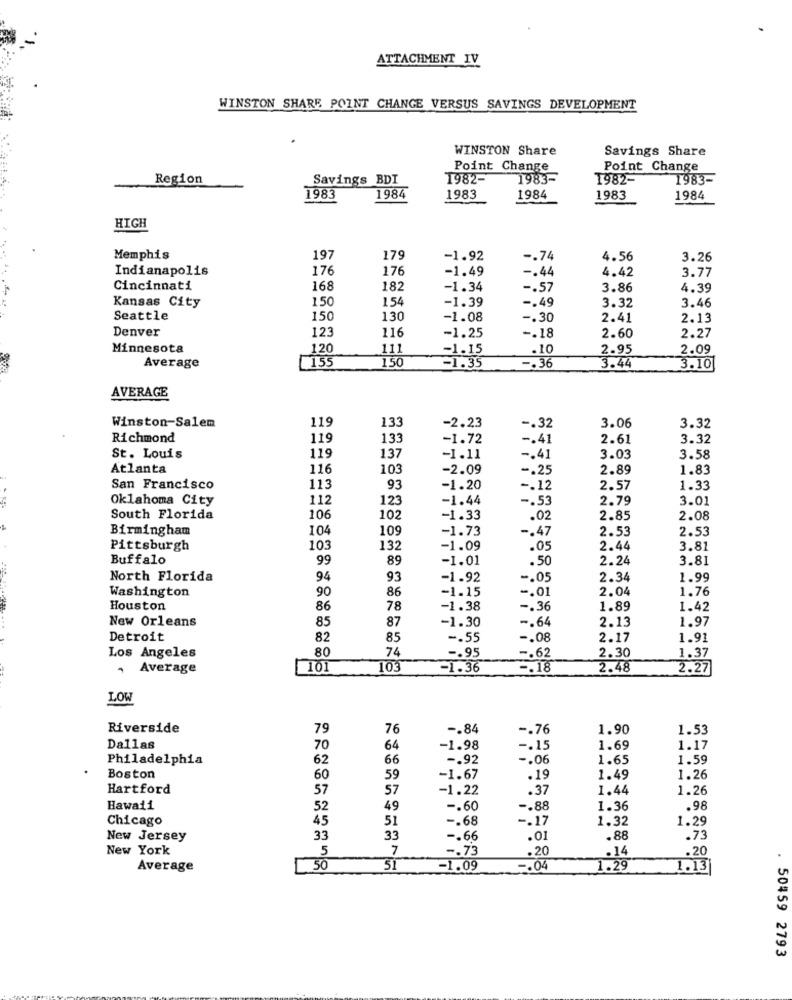
ATTACHMENT IV
WINSTON SHARE POINT CHANGE VERSUS SAVINGS DEVELOPMENT
WINSTON Share
Savings Share
Point Change
Point Change
Region
Savings BDI
1982-
1983-
1982-
1983-
1983
1984
1983
1984
1983
1984
HIGH
Memphis
197
179
-1.92
-. 74
4.56
3.26
Indianapolis
176
176
-1.49
-. 44
4.42
3.77
Cincinnati
168
182
-1.34
-. 57
3.86
4.39
150
154
-1.39
-. 49
3.46
Kansas City
3.32
Seattle
150
130
-1.08
-. 30
2.41
2.13
Denver
123
116
-1.25
-. 18
2.60
2.27
Minnesota
1.20
111
-1.15
.10
2.95
2.09
155
150
-. 36
Average
-1.35
3.44
3.10
AVERAGE
Winston-Salem
119
133
-2.23
-. 32
3.06
3.32
Richmond
119
133
-1.72
-. 41
2.61
3.32
119
St. Louis
137
-1.11
-. 41
3.03
3.58
Atlanta
116
103
-2.09
-. 25
2.89
1.83
San Francisco
113
93
-1.20
-. 12
2.57
1.33
--
Oklahoma City
112
123
-1.44
-. 53
2.79
3.01
South Florida
106
102
-1.33
.02
2.85
2.08
Birmingham
104
109
-1.73
-. 47
2.53
2.53
Pittsburgh
103
132
-1.09
.05
2.44
3.81
Buffalo
99
89
-1.01
.50
2.24
3.81
North Florida
94
93
-1.92
-. 05
2.34
1.99
Washington
90
-1.15
-. 01
2.04
1.76
86
Houston
86
78
-1.38
-. 36
1.89
1.42
New Orleans
85
-1.30
-. 64
2.13
1.97
87
Detroit
82
85
-. 55
-. 08
2.17
1.91
Los Angeles
80
74
2.30
-. 95
-. 62
1.37
Average
101
103
-1.36
-. 18
2.48
2.27
LOW
Riverside
79
76
-. 84
-. 76
1.90
1.53
Dallas
70
64
-1.98
-. 15
1.69
1.17
Philadelphia
62
66
-. 92
-. 06
1.65
1.59
Boston
60
59
-1.67
.19
1.49
1.26
Hartford
57
57
-1.22
.37
1.44
1.26
Hawaii
52
49
-. 60
-. 88
1.36
.98
Chicago
45
51
-. 68
-. 17
1.32
1.29
New Jersey
33
33
-. 66
.01
.88
.73
New York
5
7
-. 73
.20
.20
.14
Average
50
51
-1.09
-. 04
1.29
1.13
50459 2793